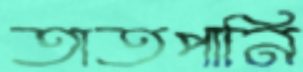
তাতপানি